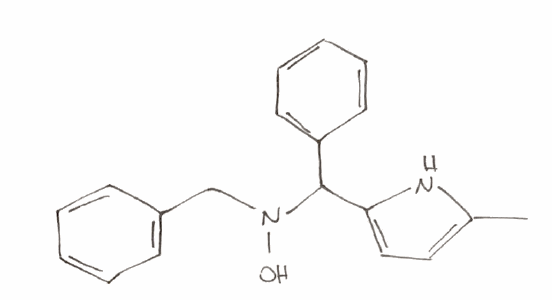
Simplified molecular-input line-entry system (SMILES) notation of the given molecule:
CC1=CC=C(N1)C(C2=CC=CC=C2)N(CC3=CC=CC=C3)O